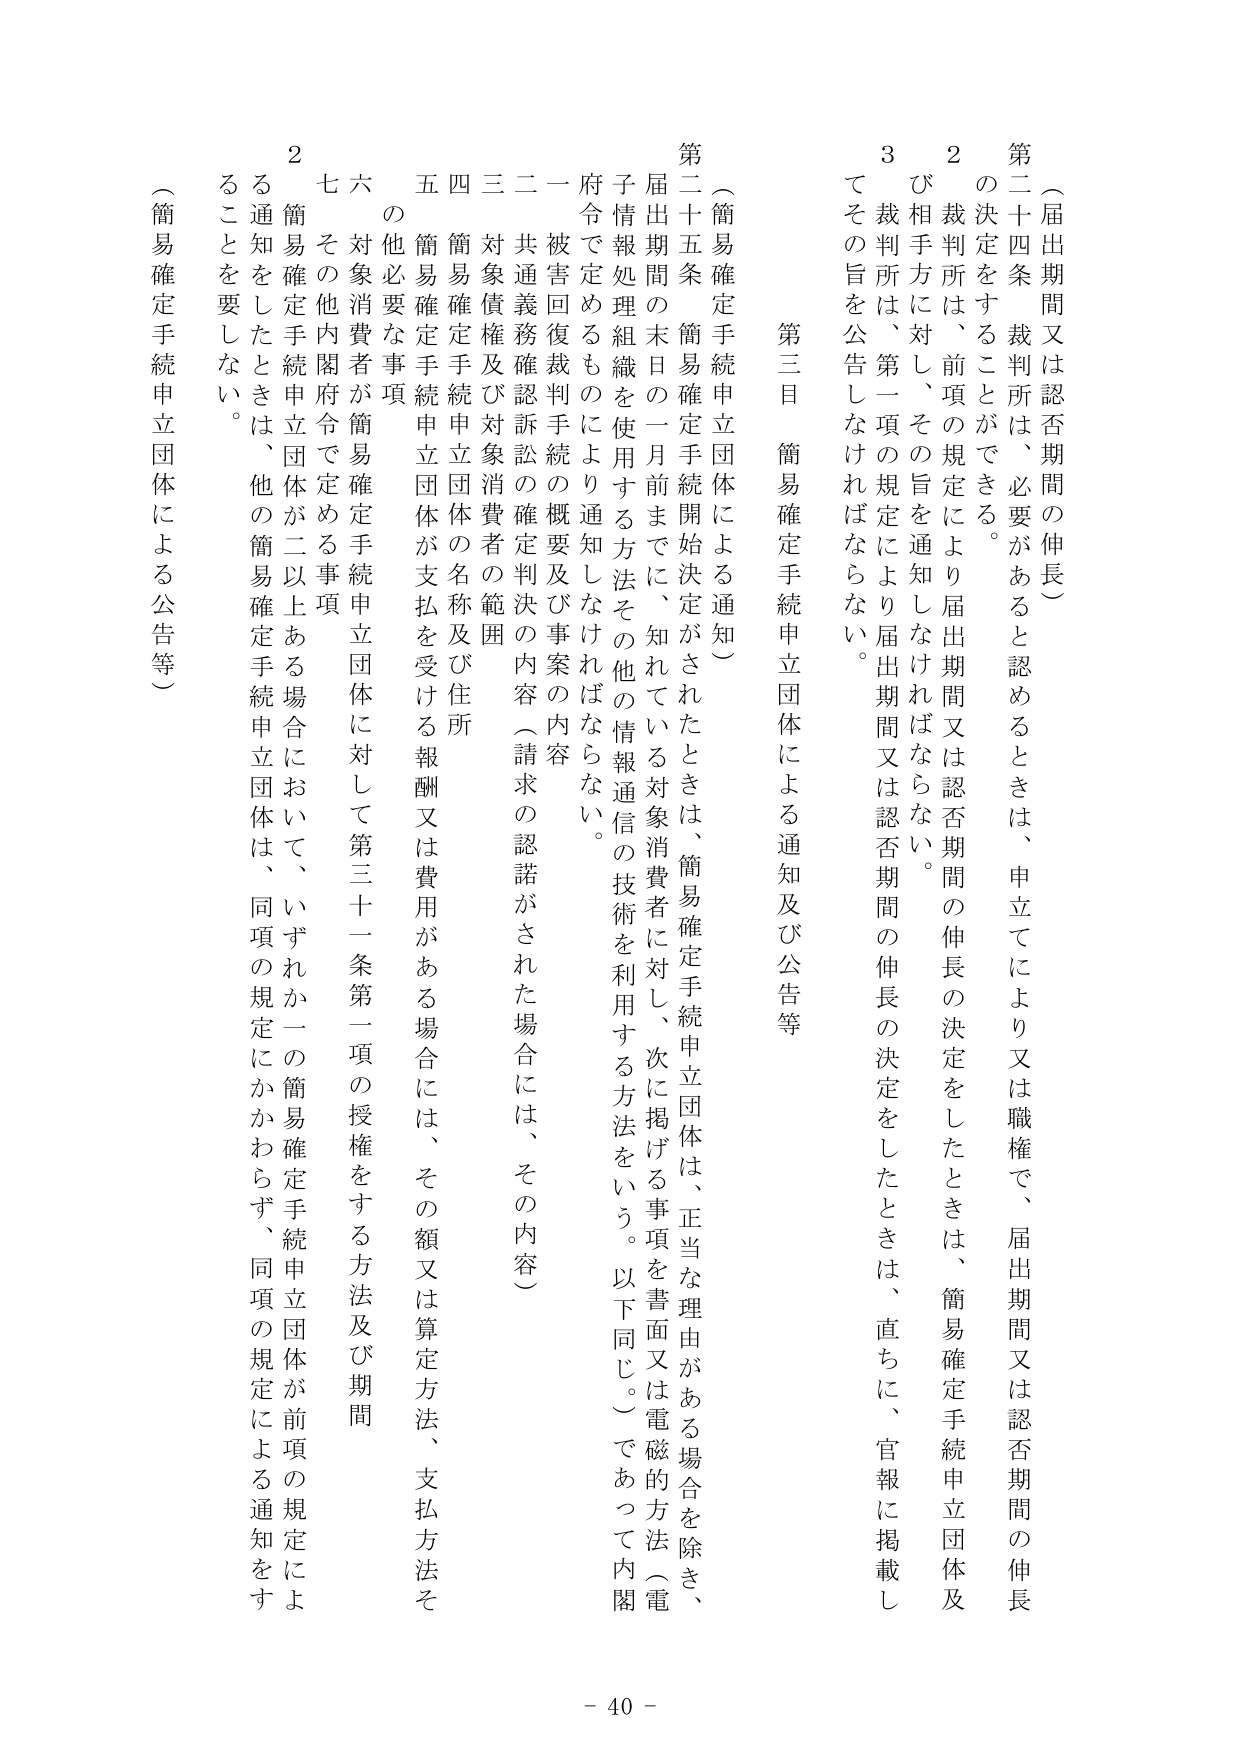
（届出期間又は認否期間の伸長）

第二十四条 裁判所は、必要があると認めるときは、申立てにより又は職権で、届出期間又は認否期間の伸長の決定をすることができる。

２ 裁判所は、前項の規定により届出期間又は認否期間の伸長の決定をしたときは、簡易確定手続申立団体及び相手方に対し、その旨を通知しなければならない。

３ 裁判所は、第一項の規定により届出期間又は認否期間の伸長の決定をしたときは、直ちに、官報に掲載してその旨を公告しなければならない。

第三目 簡易確定手続申立団体による通知及び公告等

（簡易確定手続申立団体による通知）

第二十五条 簡易確定手続開始決定がされたときは、簡易確定手続申立団体は、正当な理由がある場合を除き、届出期間の末日の一月前までに、知れている対象消費者に対し、次に掲げる事項を書面又は電磁的方法（電子情報処理組織を使用する方法その他的情報通信の技術を利用する方法をいう。以下同じ。）であって内閣府令で定めるものにより通知しなければならない。

一 被害回復裁判手続の概要及び事案の内容

二 共通義務確認訴訟の確定判決の内容（請求の認諾がされた場合には、その内容）

三 対象債権及び対象消費者の範囲

四 簡易確定手続申立団体の名称及び住所

五 簡易確定手続申立団体が支払を受ける報酬又は費用がある場合には、その額又は算定方法、支払方法その他必要な事項

六 対象消費者が簡易確定手続申立団体に対して第三十一条第一項の授権をする方法及び期間

七 その他内閣府令で定める事項

２ 簡易確定手続申立団体が二以上ある場合において、いずれか一の簡易確定手続申立団体は、同項の規定にかかわらず、同項の規定による通知をすることを要しない。

（簡易確定手続申立団体による公告等）

- 40 -